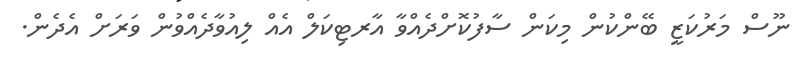
ނޫސް މަރުކަޒީ ބޭންކުން މިކަން ސާފުކޮށްދެއްވާ އާރޓިކަލް އެއް ލިއުވާދެއްވުން ވަރަށް އެދެން.